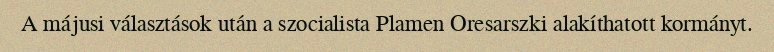
A májusi választások után a szocialista Plamen Oresarszki alakíthatott kormányt.